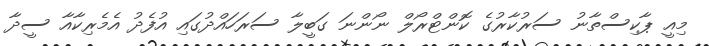
މިއީ ޕާކިސްތާނު ސަރުކާރުގެ ކޮންޓްރޯލް ނޯންނަ ގަބީލާ ސަރަހައްދުގައި އުފެދު އެމެރިކާއާ ސީދާ